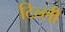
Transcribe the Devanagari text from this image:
टिल्ली